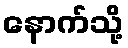
နောက်သို့